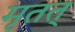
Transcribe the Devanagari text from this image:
मृतत्